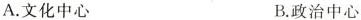
A.文化中心 B.政治中心